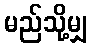
မည်သို့မျှ